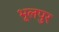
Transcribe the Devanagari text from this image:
भूलपुर